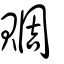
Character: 賙